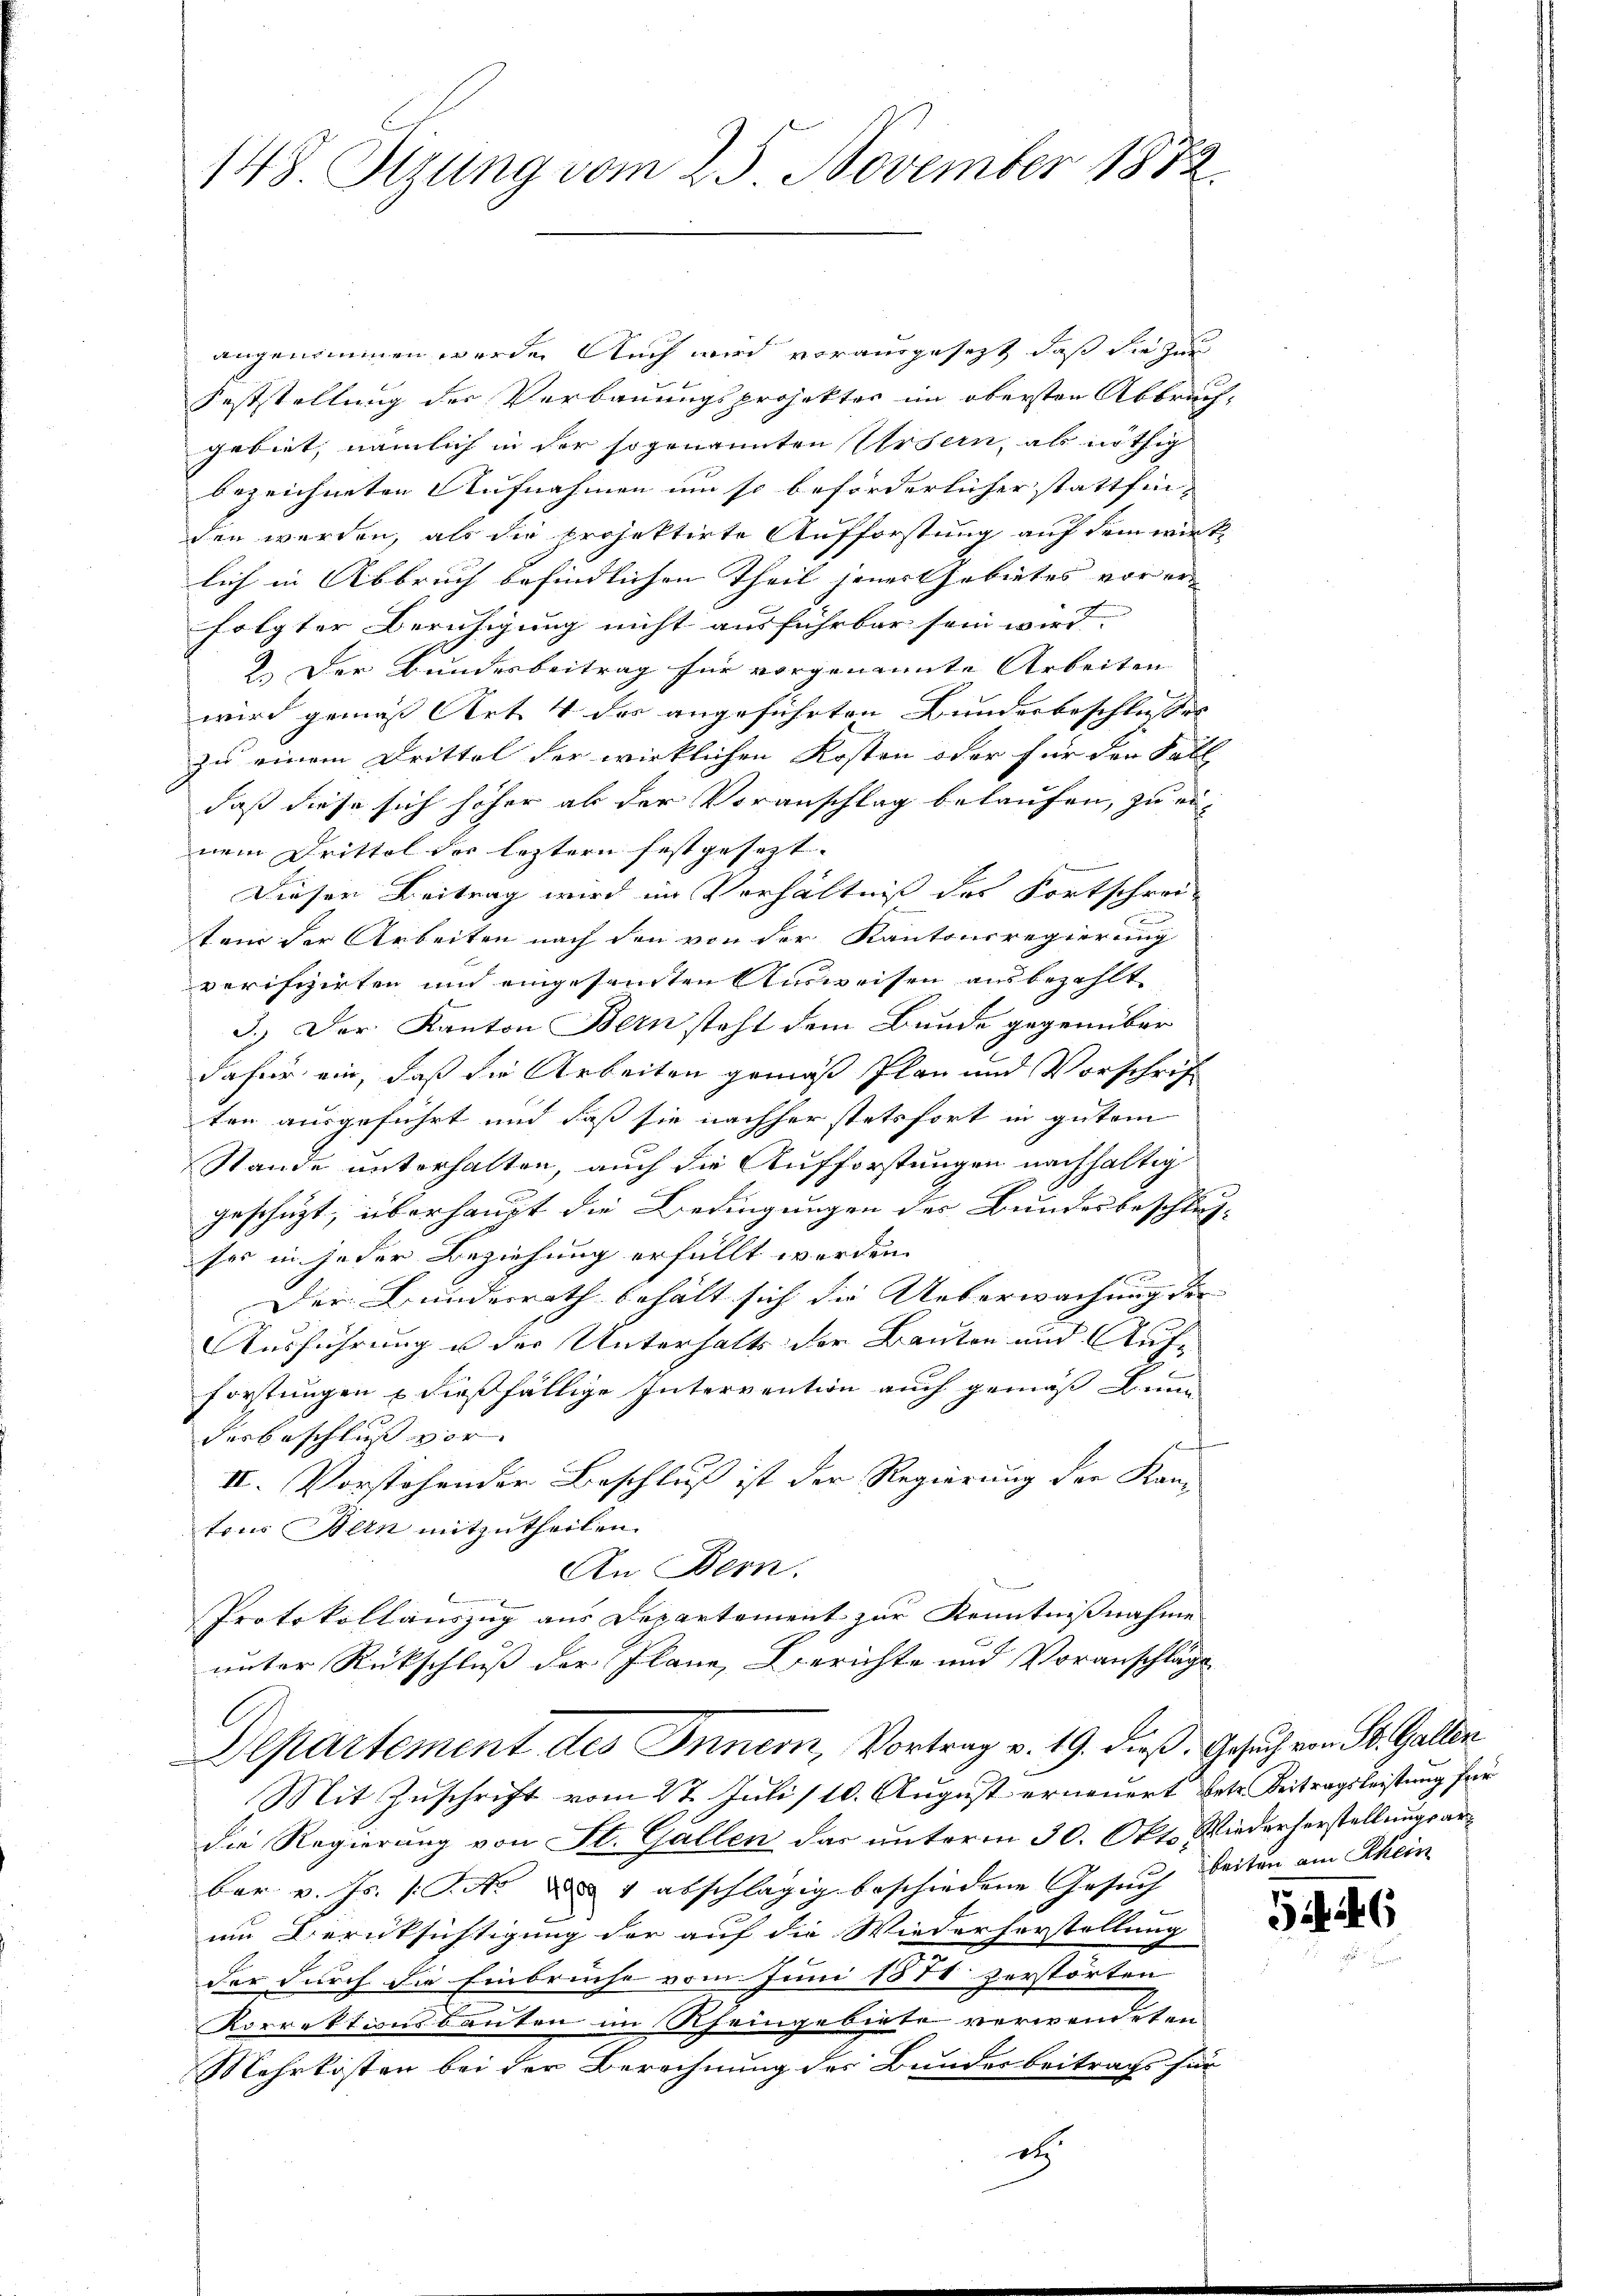
148. Sizung vom 25. November 1872.

angenommen werde. Auch wird vorausgesezt, daß die zur
Feststellung der Verbauungsprojekter im obersten Abbruchgebiet, nämlich in der sogenannten Ursern, als nöthig
bezeichneten Aufnahmen um so beförderlicher stattfin-
den werden, als die projektirte Aufforstung auf dem wirt-
lich in Abbruch befindlichen Theil jener Gebietes vor er- |
folgter Beruhigung nicht ausführbar sein wird.
2. Der Bundesbeitrag für vorgenannte Arbeiten
wird gemäß Art. 4 des angeführten Bundesbeschliesses |
zu einem Drittel der wirklichen Kosten oder für den Fall
daß diese sich höher ab der Voranschlag belaufen, zu ei-
nem Drittel der letztern festgesezt.
Diesen Beitrag wird im Verhältniß des Fortschrei
tem der Arbeiten nach den von der Kantonsregierung
verifizirten und eingesandten Ausweisen ausbezahlt
3.) Der Kanton Bern steht dem Bunde gegenüber
dafür ein, daß die Arbeiten gemäß Plan und Vorschrift
ten ausgeführt und daß sie nachher stetsfort in gutem
Stande unterhalten, auch die Aufforstungen nachhaltig
geschüzt, überhaupt die Bedingungen der Bundesbeschluß-
ses in jeder Beziehung erfüllt werden.
Der Bundesrath behält sich die Ueberwachung der |
Ausführung u der Unterhalts der Bauten und Auf-
forstungen u dießfällige Intervention auch gemäß Lun
derbeschluss vor.
i
II. Vorstehender Beschluß ist der Regierung der Kantons Bern mitzutheilen.
An Bern.
Protokollauszug aus Departement zur Kenntnißnahme
unter Rückschluß der Plane, Berichte und Voranschläge
Departement des Innern, Vortrag v. 19. dieß. Gesuch von St. Gallen
Mit Zuschrift vom 27. Juli 110. August erneuert betr. Beitragsleistung für
die Regierung von St. Gallen das unterm 30. Okt. Wiederherstellungsarber v. Js. (T. N.  4 abschlägig beschiedene Gesuch beiten am Rhein
um Berücksichtigung der auf die Wiederherstellung
der durch die Einbruche vom Juni 1871 zerstörten
Korrektionsbauten im Rheingebiete verwendeten
Mehrkosten bei der Berechnung des Bundesbeitrags für
etz

5

6